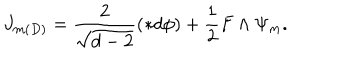
J _ { m ( D ) } = \frac { 2 } { \sqrt { d - 2 } } ( \ast d \phi ) + \frac { 1 } { 2 } F \wedge \Psi _ { m } .